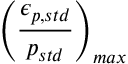
\displaystyle \left( \frac { \epsilon _ { p , s t d } } { p _ { s t d } } \right) _ { m a x }